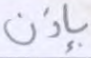
بإذن